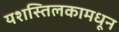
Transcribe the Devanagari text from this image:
यशस्तिलकामधून